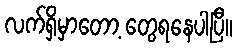
လက်ရှိမှာတော့ တွေရနေပါပြီ။